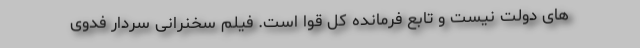
های دولت نیست و تابع فرمانده کل قوا است. فیلم سخنرانی سردار فدوی